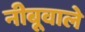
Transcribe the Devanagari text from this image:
नीबूवाले